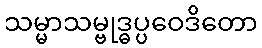
သမ္မာသမ္ဗုဒ္ဓပ္ပဝေဒိတော